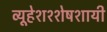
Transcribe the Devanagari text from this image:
व्यूहेशश्शेषशायी